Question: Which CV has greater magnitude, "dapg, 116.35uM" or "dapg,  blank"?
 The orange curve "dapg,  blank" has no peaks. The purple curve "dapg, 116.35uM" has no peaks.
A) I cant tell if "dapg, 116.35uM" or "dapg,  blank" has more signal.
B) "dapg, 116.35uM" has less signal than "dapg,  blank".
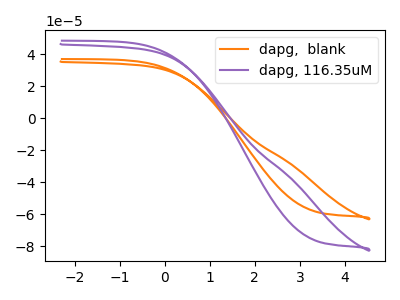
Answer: <think>Neither "dapg, 116.35uM" or "dapg,  blank" have any peaks.
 </think>
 <answer>A) I cant tell if "dapg, 116.35uM" or "dapg,  blank" has more signal.</answer>
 <eval>A</eval>